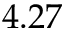
4 . 2 7